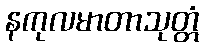
နကုလမာတာသုတ္တံ